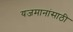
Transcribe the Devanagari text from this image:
यजमानांसाठी